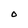
Character: O